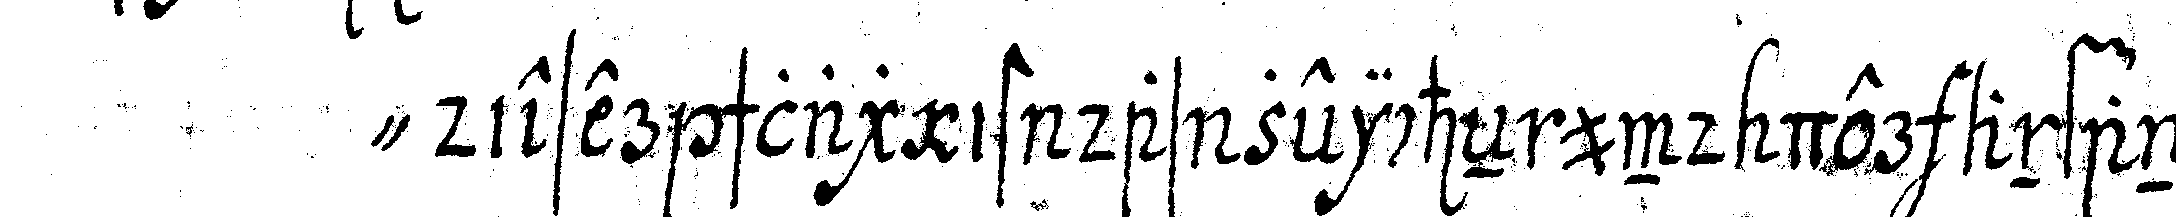
" dieser schlag ist das zeicheN und der anfang